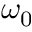
\omega _ { 0 }